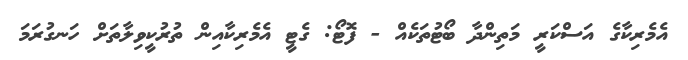
އެމެރިކާގެ އަސްކަރީ މަތިންދާ ބޯޓުތަކެއް - ފޮޓޯ: ގެޓީ އެމެރިކާއިން ތުރުކީވިލާތަށް ހަނގުރަމަ